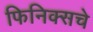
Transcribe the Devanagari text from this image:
फिनिक्सचे